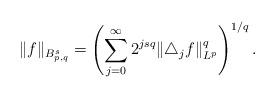
LaTeX: \begin{align*}\|f\|_{B_{p,q}^s}=\left(\sum_{j=0}^{\infty}2^{jsq}\|\triangle_jf\|_{L^p}^q\right)^{1/q}.\end{align*}